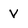
Character: v